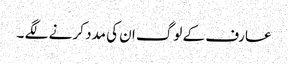
عارف کے لوگ ان کی مدد کر نے لگے ۔